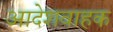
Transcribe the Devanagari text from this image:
आदेशवाहक